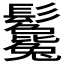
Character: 𩰃